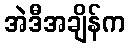
အဲဒီအချိန်က